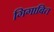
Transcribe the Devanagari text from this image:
गिगाबित